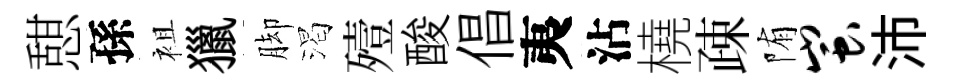
憇孫袓獵脚渴殪酸倡夷沾橈疎陏蚩沛